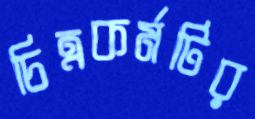
চিত্রকর্মটির